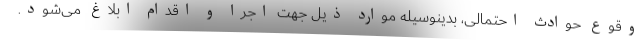
وقوع حوادث احتمالی، بدینوسیله موارد ذیل جهت اجرا و اقدام ابلاغ می‌شود.